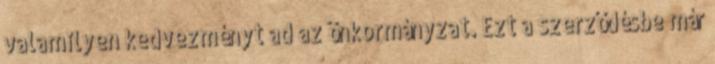
valamilyen kedvezményt ad az önkormányzat. Ezt a szerződésbe már